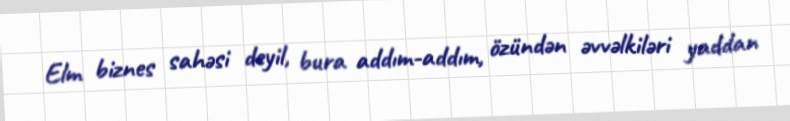
Elm biznes sahəsi deyil, bura addım-addım, özündən əvvəlkiləri yaddan